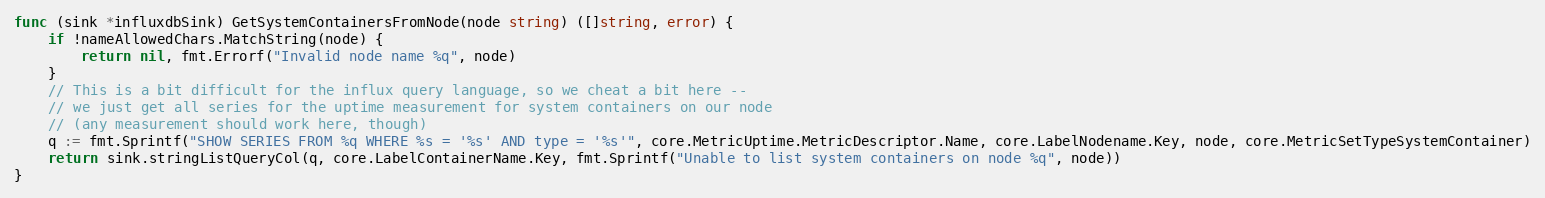
Language: Go
func (sink *influxdbSink) GetSystemContainersFromNode(node string) ([]string, error) {
	if !nameAllowedChars.MatchString(node) {
		return nil, fmt.Errorf("Invalid node name %q", node)
	}
	// This is a bit difficult for the influx query language, so we cheat a bit here --
	// we just get all series for the uptime measurement for system containers on our node
	// (any measurement should work here, though)
	q := fmt.Sprintf("SHOW SERIES FROM %q WHERE %s = '%s' AND type = '%s'", core.MetricUptime.MetricDescriptor.Name, core.LabelNodename.Key, node, core.MetricSetTypeSystemContainer)
	return sink.stringListQueryCol(q, core.LabelContainerName.Key, fmt.Sprintf("Unable to list system containers on node %q", node))
}